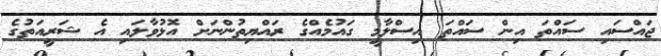
ޖައްސައި ސައްތަ އިން ސައްތަ އިސްލާމީ ގައުމެއްގެ ރައްޔިތުންނަށް އޮޅުވާލައި އެ ޝަރީއަތުގެ